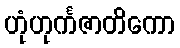
ဟုံဟုင်္ကဇာတိကော